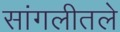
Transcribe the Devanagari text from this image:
सांगलीतले